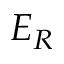
E _ { R }